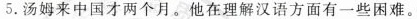
5.汤姆来中国才两个月。他在理解汉语方面有一些困难。